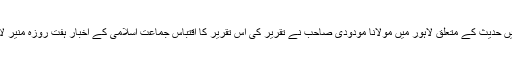
جون ؁1955ء میں حدیث کے متعلق لاہور میں مولانا مودودی صاحب نے تقریر کی اس تقریر کا اقتباس جماعت اسلامی کے اخبار ہفت روزہ منیر لائل پور میں شائع ہوا۔